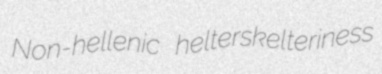
Non-hellenic helterskelteriness